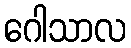
ဂေါသာလ